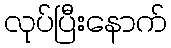
လုပ်ပြီးနောက်